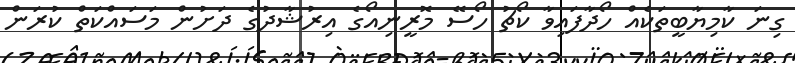
ގިނަ ކާމިޔާބީތަކެއް ހޯދާފައިވާ ކޯޗު ހޯސޭ މޮރީނިއޯގެ އިރުޝާދުގެ ދަށުން މަސައްކަތް ކުރަން